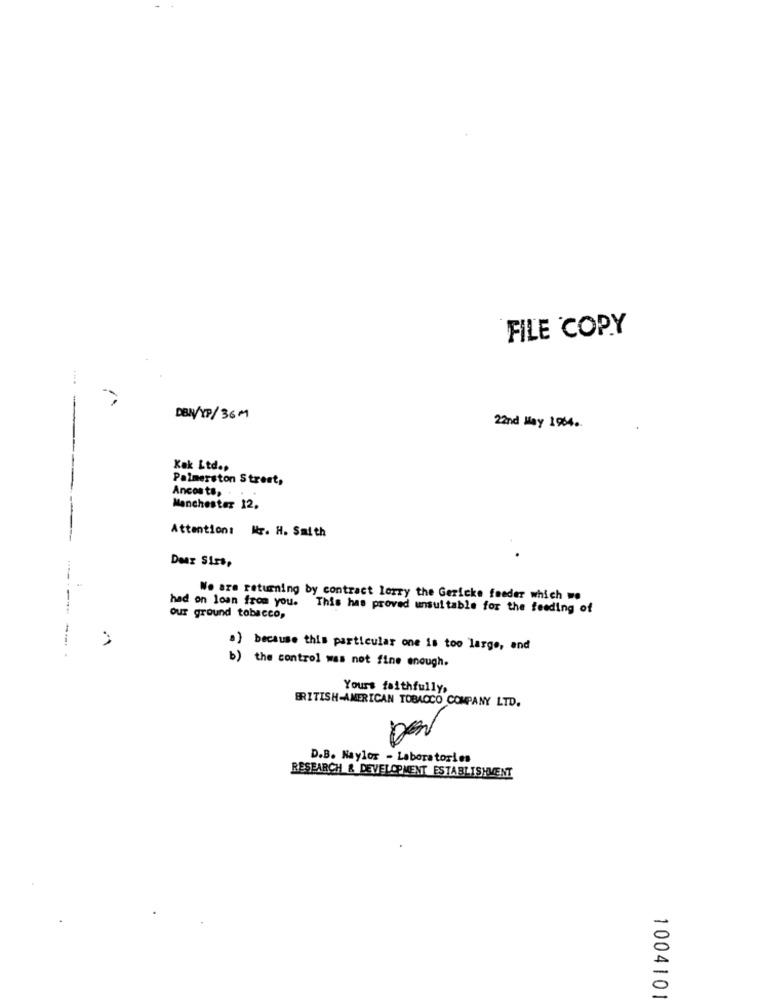
FILE COPY
DEN/XP/36M
2nd May 1964 ..
Kak Ltd.»
Palmerston Street,
Ancosts, .
Manchester 12.
Attention: Mr. H. Smith
-----
Dear Sirs,
We are returning by contract lorry the Gericke feeder which we
had on loan from you. This has proved unsuitable for the feeding of
our ground tobacco,
-- -- -
.) because this particular one is too large, and
b)
the control was not fine enough.
Yours faithfully,
BRITISH-AMERICAN TOBACCO COMPANY LTD.
D.B. Naylor - Laboratories
RESEARCH & DEVELOPMENT ESTABLISHMENT
1004101